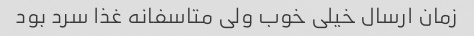
زمان ارسال خیلی خوب ولی متاسفانه غذا سرد بود